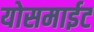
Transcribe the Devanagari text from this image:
योसमाईट